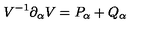
V ^ { - 1 } \partial _ { \alpha } V = P _ { \alpha } + Q _ { \alpha }